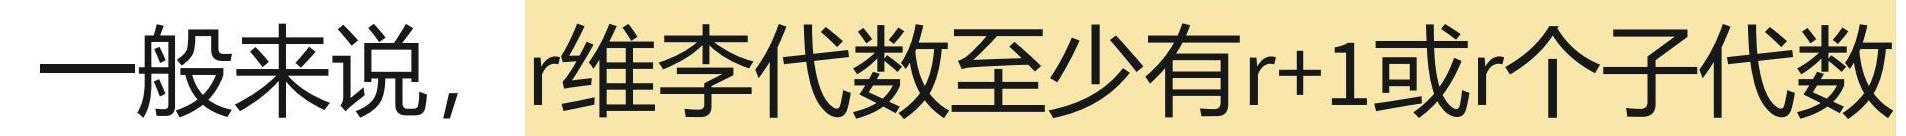
一般来说，r维李代数至少有r+1或r个子代数